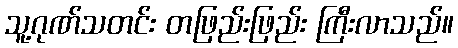
သူ့ဂုဏ်သတင်း တဖြည်းဖြည်း ကြီးလာသည်။